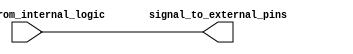
module IO_Block_NonInverting_Buffer (
    input wire signal_from_internal_logic,
    output reg signal_to_external_pins
);

always @ (signal_from_internal_logic)
begin
    signal_to_external_pins <= signal_from_internal_logic;
end

endmodule